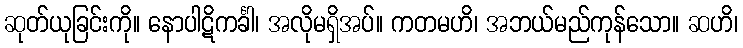
ဆုတ်ယုခြင်းကို။ နောပါဋိကင်္ခါ၊ အလိုမရှိအပ်။ ကတမဟိ၊ အဘယ်မည်ကုန်သော။ ဆဟိ၊